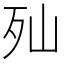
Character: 𣧈